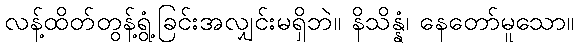
လန့်ထိတ်တွန့်ရွံ့ခြင်းအလျှင်းမရှိဘဲ။ နိသိန္နံ၊ နေတော်မူသော။